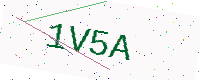
Text: 1V5A